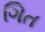
ગિત